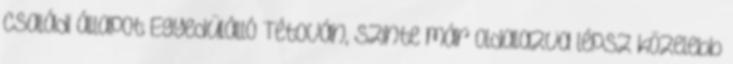
Családi állapot Egyedülálló Tétován, szinte már oldalazva lépsz közelebb